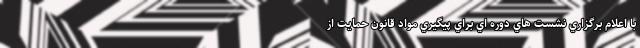
با اعلام برگزاري نشست هاي دوره اي براي پيگيري مواد قانون حمايت از